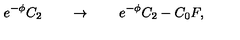
e ^ { - \phi } C _ { 2 } \qquad \rightarrow \qquad e ^ { - \phi } C _ { 2 } - C _ { 0 } F ,